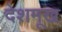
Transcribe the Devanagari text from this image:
देशमूख